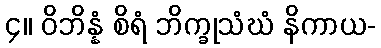
၄။ ဝိဘိန္နံ စိရံ ဘိက္ခုသံဃံ နိကာယ-